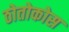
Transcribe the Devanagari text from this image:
ठोतोकोस